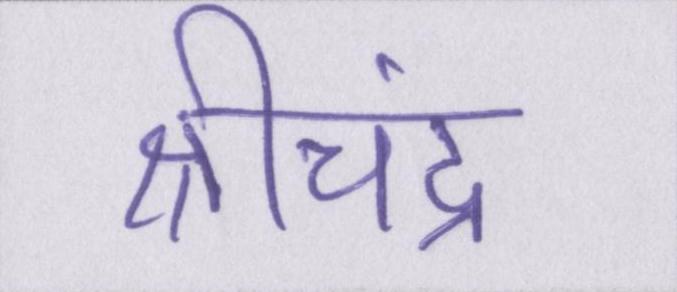
श्रीचंद्र